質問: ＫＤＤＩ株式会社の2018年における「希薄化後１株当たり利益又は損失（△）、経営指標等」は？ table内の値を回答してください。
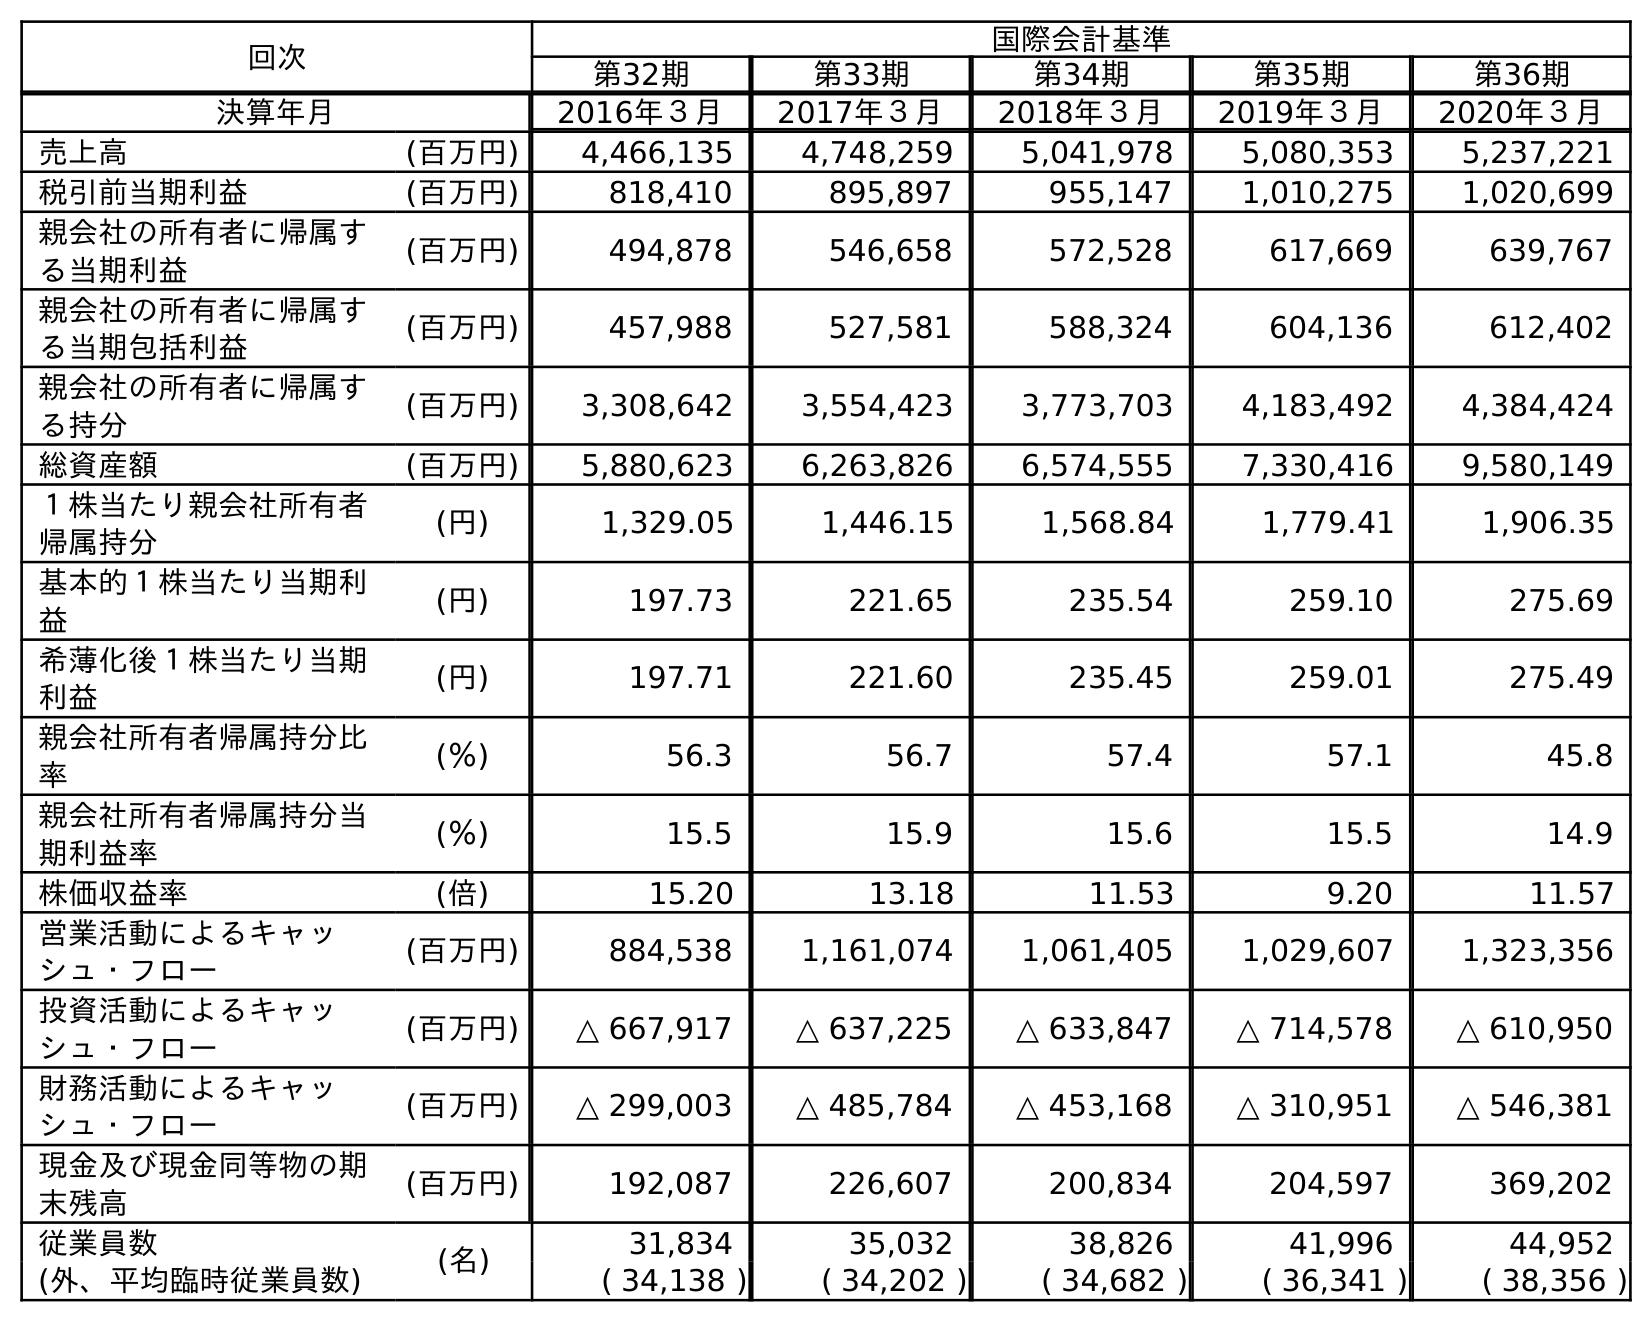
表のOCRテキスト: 回次 国際会計基準 第32期 第33期 第34期 第35期 第36期 決算年月 2016年３月 2017年３月 2018年３月 2019年３月 2020年３月 売上高 (百万円) 4,466,135 4,748,259 5,041,978 5,080,353 5,237,221 税引前当期利益 (百万円) 818,410 895,897 955,147 1,010,275 1,020,699 親会社の所有者に帰属す る当期利益 (百万円) 494,878 546,658 572,528 617,669 639,767 親会社の所有者に帰属す る当期包括利益 (百万円) 457,988 527,581 588,324 604,136 612,402 親会社の所有者に帰属す る持分 (百万円) 3,308,642 3,554,423 3,773,703 4,183,492 4,384,424 総資産額 (百万円) 5,880,623 6,263,826 6,574,555 7,330,416 9,580,149 １株当たり親会社所有者 帰属持分 (円) 1,329.05 1,446.15 1,568.84 1,779.41 1,906.35 基本的１株当たり当期利 益 (円) 197.73 221.65 235.54 259.10 275.69 希薄化後１株当たり当期 利益 (円) 197.71 221.60 235.45 259.01 275.49 親会社所有者帰属持分比 率 (％) 56.3 56.7 57.4 57.1 45.8 親会社所有者帰属持分当 期利益率 (％) 15.5 15.9 15.6 15.5 14.9 株価収益率 (倍) 15.20 13.18 11.53 9.20 11.57 営業活動によるキャッ シュ・フロー (百万円) 884,538 1,161,074 1,061,405 1,029,607 1,323,356 投資活動によるキャッ シュ・フロー (百万円) △ 667,917 △ 637,225 △ 633,847 △ 714,578 △ 610,950 財務活動によるキャッ シュ・フロー (百万円) △ 299,003 △ 485,784 △ 453,168 △ 310,951 △ 546,381 現金及び現金同等物の期 末残高 (百万円) 192,087 226,607 200,834 204,597 369,202 従業員数 (名) 31,834 35,032 38,826 41,996 44,952 (外、平均臨時従業員数) ( 34,138 ) ( 34,202 ) ( 34,682 ) ( 36,341 ) ( 38,356 )
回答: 235.45